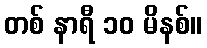
တစ် နာရီ ၁၀ မိနစ်။